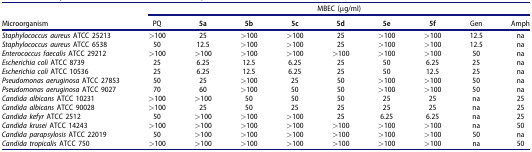
<table><thead><tr><td><b> </b></td><td colspan="9"><b>MBEC (μg/ml)</b></td></tr><tr><td><b>Microorganism</b></td><td><b>PQ</b></td><td><b>5a</b></td><td><b>5b</b></td><td><b>5c</b></td><td><b>5d</b></td><td><b>5e</b></td><td><b>5f</b></td><td><b>Gen</b></td><td><b>Amph</b></td></tr></thead><tbody><tr><td><i>Staphylococcus aureus</i> ATCC 25213</td><td>&gt;100</td><td>25</td><td>&gt;100</td><td>&gt;100</td><td>25</td><td>&gt;100</td><td>&gt;100</td><td>12.5</td><td>na</td></tr><tr><td><i>Staphylococcus aureus</i> ATCC 6538</td><td>50</td><td>12.5</td><td>&gt;100</td><td>&gt;100</td><td>25</td><td>&gt;100</td><td>&gt;100</td><td>12.5</td><td>na</td></tr><tr><td><i>Enterococcus faecalis</i> ATCC 29212</td><td>&gt;100</td><td>&gt;100</td><td>&gt;100</td><td>&gt;100</td><td>&gt;100</td><td>&gt;100</td><td>&gt;100</td><td>50</td><td>na</td></tr><tr><td><i>Escherichia coli</i> ATCC 8739</td><td>25</td><td>6.25</td><td>12.5</td><td>6.25</td><td>25</td><td>50</td><td>6.25</td><td>25</td><td>na</td></tr><tr><td><i>Escherichia coli</i> ATCC 10536</td><td>25</td><td>6.25</td><td>12.5</td><td>6.25</td><td>25</td><td>50</td><td>12.5</td><td>25</td><td>na</td></tr><tr><td><i>Pseudomonas aeruginosa</i> ATCC 27853</td><td>50</td><td>25</td><td>&gt;100</td><td>25</td><td>50</td><td>&gt;100</td><td>&gt;100</td><td>50</td><td>na</td></tr><tr><td><i>Pseudomonas aeruginosa</i> ATCC 9027</td><td>70</td><td>60</td><td>&gt;100</td><td>50</td><td>50</td><td>&gt;100</td><td>&gt;100</td><td>50</td><td>na</td></tr><tr><td><i>Candida albicans</i> ATCC 10231</td><td>&gt;100</td><td>&gt;100</td><td>50</td><td>50</td><td>50</td><td>25</td><td>25</td><td>na</td><td>25</td></tr><tr><td><i>Candida albicans</i> ATCC 90028</td><td>&gt;100</td><td>25</td><td>50</td><td>25</td><td>25</td><td>25</td><td>25</td><td>na</td><td>25</td></tr><tr><td><i>Candida kefyr</i> ATCC 2512</td><td>50</td><td>&gt;100</td><td>&gt;100</td><td>&gt;100</td><td>25</td><td>6.25</td><td>6.25</td><td>na</td><td>25</td></tr><tr><td><i>Candida krusei</i> ATCC 14243</td><td>&gt;100</td><td>&gt;100</td><td>&gt;100</td><td>&gt;100</td><td>&gt;100</td><td>&gt;100</td><td>&gt;100</td><td>na</td><td>50</td></tr><tr><td><i>Candida parapsylosis</i> ATCC 22019</td><td>50</td><td>&gt;100</td><td>&gt;100</td><td>&gt;100</td><td>&gt;100</td><td>&gt;100</td><td>&gt;100</td><td>50</td><td>na</td></tr><tr><td><i>Candida tropicalis</i> ATCC 750</td><td>&gt;100</td><td>&gt;100</td><td>&gt;100</td><td>&gt;100</td><td>&gt;100</td><td>&gt;100</td><td>&gt;100</td><td>na</td><td>50</td></tr></tbody></table>